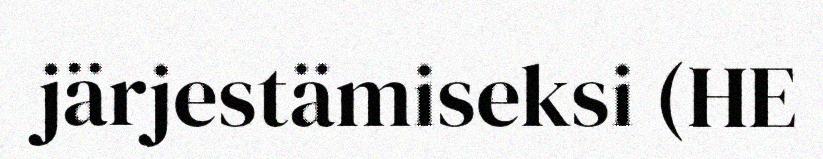
järjestämiseksi (HE